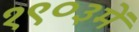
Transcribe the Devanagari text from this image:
१९०३में